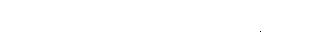
သူတော်ကောင်းများ ဖြစ်ကြကုန်သည်။